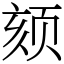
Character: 颏